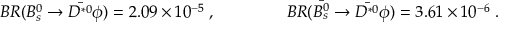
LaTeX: B R ( B _ { s } ^ { 0 } \to \bar { D ^ { * 0 } } \phi ) = 2 . 0 9 \times 1 0 ^ { - 5 } \; , ~ ~ ~ ~ ~ ~ ~ ~ ~ ~ ~ ~ ~ B R ( \bar { B _ { s } ^ { 0 } } \to \bar { D ^ { * 0 } } \phi ) = 3 . 6 1 \times 1 0 ^ { - 6 } \; .